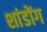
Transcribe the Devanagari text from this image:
शांडोंग